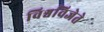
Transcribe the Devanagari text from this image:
विश्वविजेते